Reports on dispensaries and lunatic asylums in the Province of Oudh - 1869-1876
Year: 1869
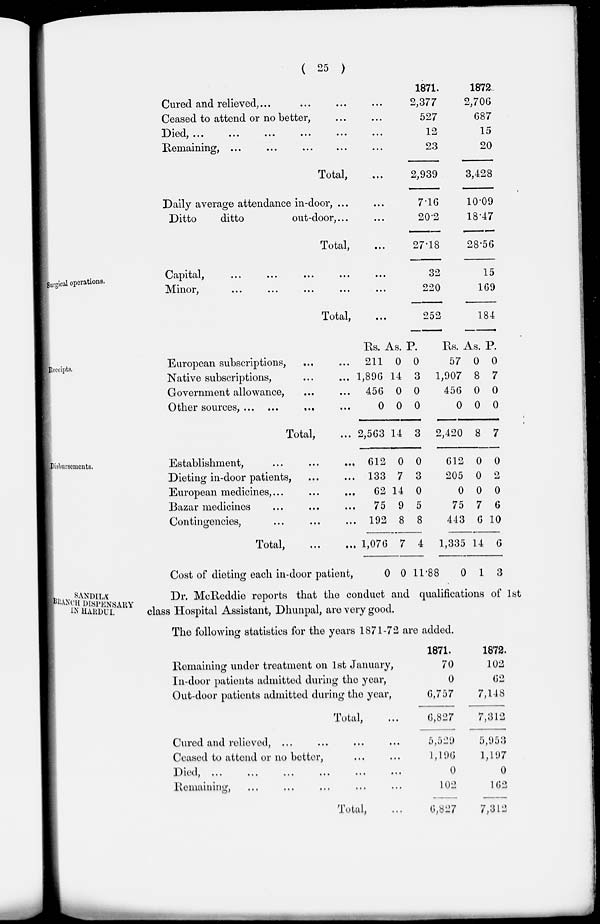
( 25 )
Cured and relieved,... ... ... ...
Ceased to attend or no better, ... ...
Died, ... ... ... ... ... ...
Remaining, ... ... ... ... ...
Total, ...
Daily average attendance in-door, ... ...
Ditto
ditto
out-door, ... ...
Total, ...
1871.
2,377
527
12
23
2,939
7.16
20.2
27.18
1872
2,706
687
15
20
3,428
10.09
18.47
28.56
Surgical operations.
Capital,
...
...
...
... ...
Minor, ... ... ... ... ...
Total, ...
32
220
252
15
169
184
Receipts.
European subscriptions, ... ...
Native subscriptions, ... ...
Government allowance, ... ...
Other sources, ... ... ... ...
Total, ...
Rs.
211
1,896
456
0
2,563
As.
0
14
0
0
14
P.
0
3
0
0
3
Rs.
57
1,907
456
0
2,420
As.
0
8
0
0
8
P.
0
7
0
0
7
Disbursements.
Establishment,
...
...
...
Dieting in-door patients, ... ...
European medicines,
...
...
...
Bazar medicines ... ... ...
Contingencies, ... ... ...
Total, ... ...
612
133
62
75
192
1,076
0
7
14
9
8
7
0
3
0
5
8
4
612
205
0
75
443
1,335
0
0
0
7
6
14
0
2
0
6
10
6
Cost of dieting each in-door patient,
0 0 11.88
0 1 3
SANDILÁ
BRANCH DISPENSARY
IN HARDUI.
Dr. McReddie reports that the conduct and qualifications of 1st
class Hospital Assistant, Dhunpal, are very good.
The following statistics for the years 1871-72 are added.
Remaining under treatment on 1st January,
In-door patients admitted during the year,
Out-door patients admitted during the year,
Total, ...
Cured and relieved, ... ... ... ...
Ceased to attend or no better, ... ...
Died,
...
...
...
...
...
...
Remaining, ... ... ... ... ...
Total, ...
1871.
70
0
6,757
6,827
5,529
1,196
0
102
6,827
1872.
102
62
7,148
7,312
5,953
1,197
0
162
7,312